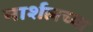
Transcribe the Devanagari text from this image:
मार्शलच्या